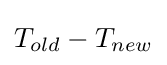
T_{old}-T_{new}